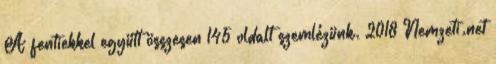
A fentiekkel együtt összesen 145 oldalt szemlézünk. 2018 Nemzeti.net